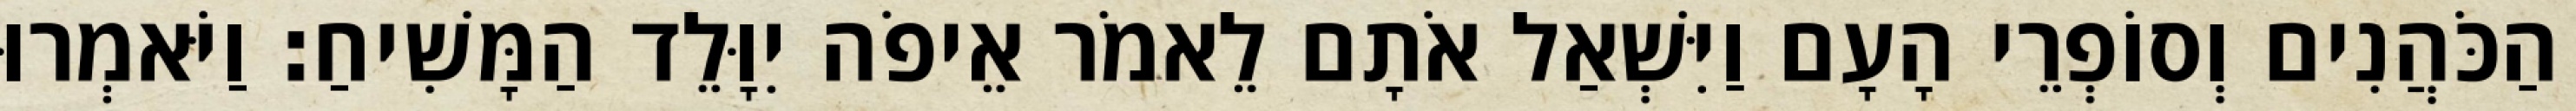
הַכֹּהֲנִים וְסוֹפְרֵי הָעָם וַיִּשְׁאַל אֹתָם לֵאמֹר אֵיפֹה יִוָּלֵד הַמָּשִׁיחַ׃ וַיֹּאמְרוּ